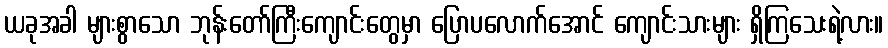
ယခုအခါ များစွာသော ဘုန်းတော်ကြီးကျောင်းတွေမှာ ပြောပလောက်အောင် ကျောင်းသားများ ရှိကြသေးရဲ့လား။